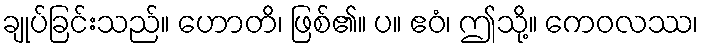
ချုပ်ခြင်းသည်။ ဟောတိ၊ ဖြစ်၏။ ပ။ ဧဝံ၊ ဤသို့။ ကေဝလဿ၊